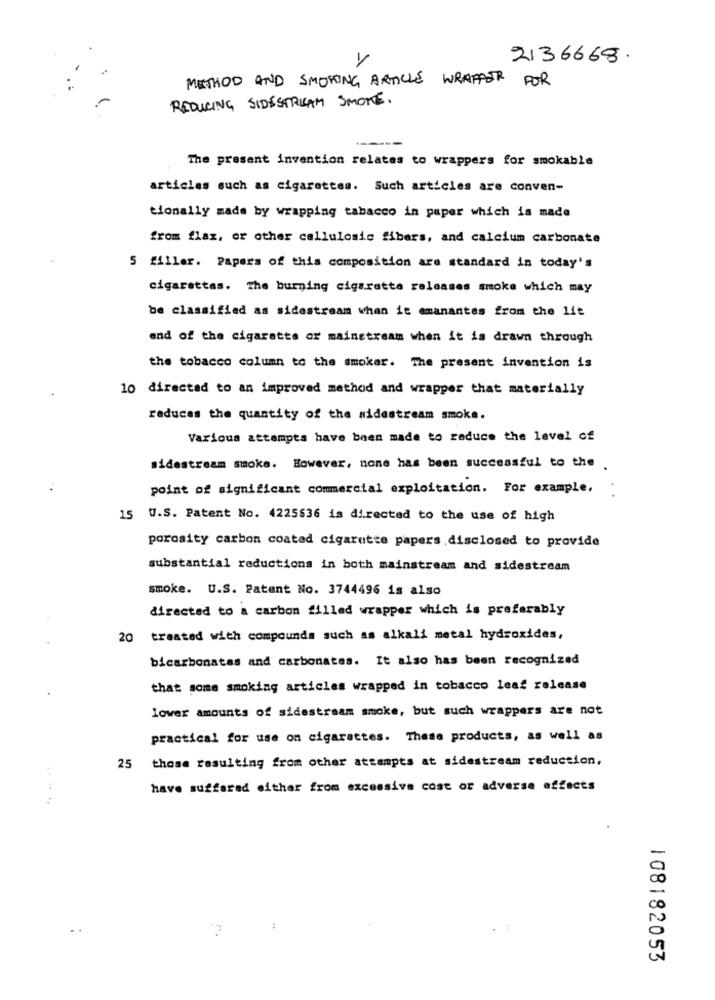
2136668.
METHOD AND SMOKING ARTICLE WRAPPER FOR
REDUCING SIDESTREAM SMOKE.
---
The present invention relates to wrappers for smokable
articles such as cigarettes. Such articles are conven-
tionally made by wrapping tabacco in paper which is made
from flax, or other callulosis fibers, and calcium carbonate
5 filler. Papers of this composition are standard in today's
cigarettas. The burning cigarette releases smoke which may
be classified as sidestream when it amanantes from the lit
end of the cigarette or mainstream when it is drawn through
the tobacco column to the smoker. The present invention is
10 directad to an improved method and wrapper that materially
reduces the quantity of the sidestream smoke.
Various attempts have been made to reduce the level of
sidestream smoke. However, none has been successful to the .
point of significant commercial exploitation. For example,
15 U.S. Patent No. 4225836 is directed to the use of high
porosity carbon coated cigarette papers disclosed to provide
substantial reductions in both mainstream and sidestream
smoke. U.S. Patent No. 3744496 is also
directed to a carbon filled wrapper which is preferably
treated with compounds such as alkali metal hydroxides,
bicarbonates and carbonates. It also has been recognized
that some smoking articles wrapped in tobacco leaf release
lower amounts of sidestream smoke, but such wrappers are not
practical for use on cigarettes. These products, as well as
25 those resulting from other attempts at sidestream reduction,
have suffered either from excessive cost or adverse effects
108182053